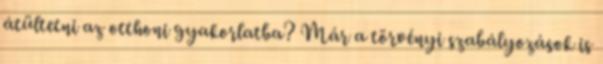
átültetni az otthoni gyakorlatba? Már a törvényi szabályozások is